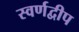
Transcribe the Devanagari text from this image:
स्वर्णद्वीप